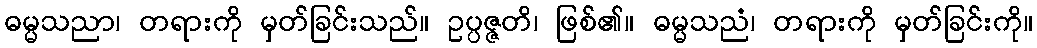
ဓမ္မသညာ၊ တရားကို မှတ်ခြင်းသည်။ ဥပ္ပဇ္ဇတိ၊ ဖြစ်၏။ ဓမ္မသညံ၊ တရားကို မှတ်ခြင်းကို။